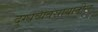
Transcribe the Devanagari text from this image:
दुग्धव्यवसायातील